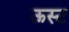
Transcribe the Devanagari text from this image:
ऊस्ट